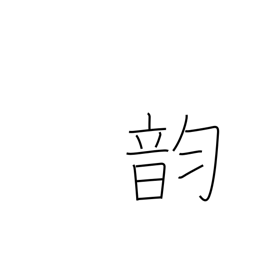
Meaning: vowel